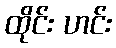
ထိုင်း ဟင်း